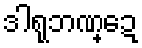
ဒါရုဘဏ္ဍေ